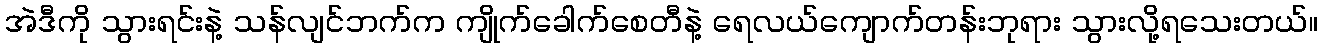
အဲဒီကို သွားရင်းနဲ့ သန်လျင်ဘက်က ကျိုက်ခေါက်စေတီနဲ့ ရေလယ်ကျောက်တန်းဘုရား သွားလို့ရသေးတယ်။